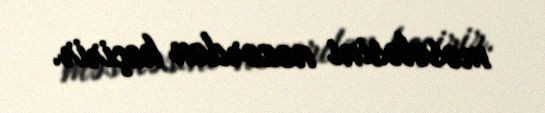
məsələsini nəzərdən keçirir.